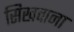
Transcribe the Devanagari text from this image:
सिखवाना